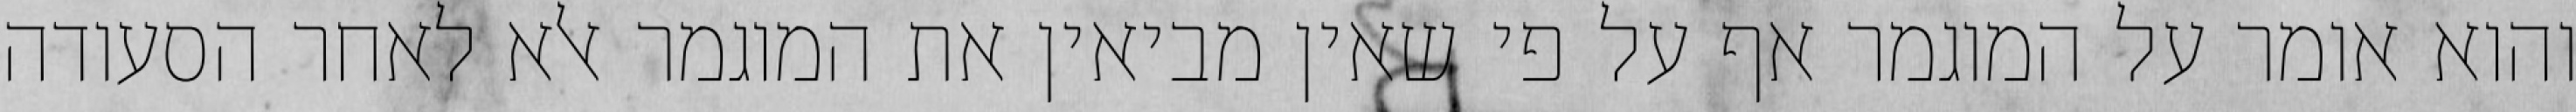
והוא אומר על המוגמר אף על פי שאין מביאין את המוגמר אלא לאחר הסעודה